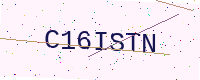
Text: C16ISTN